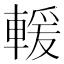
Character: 𫏺